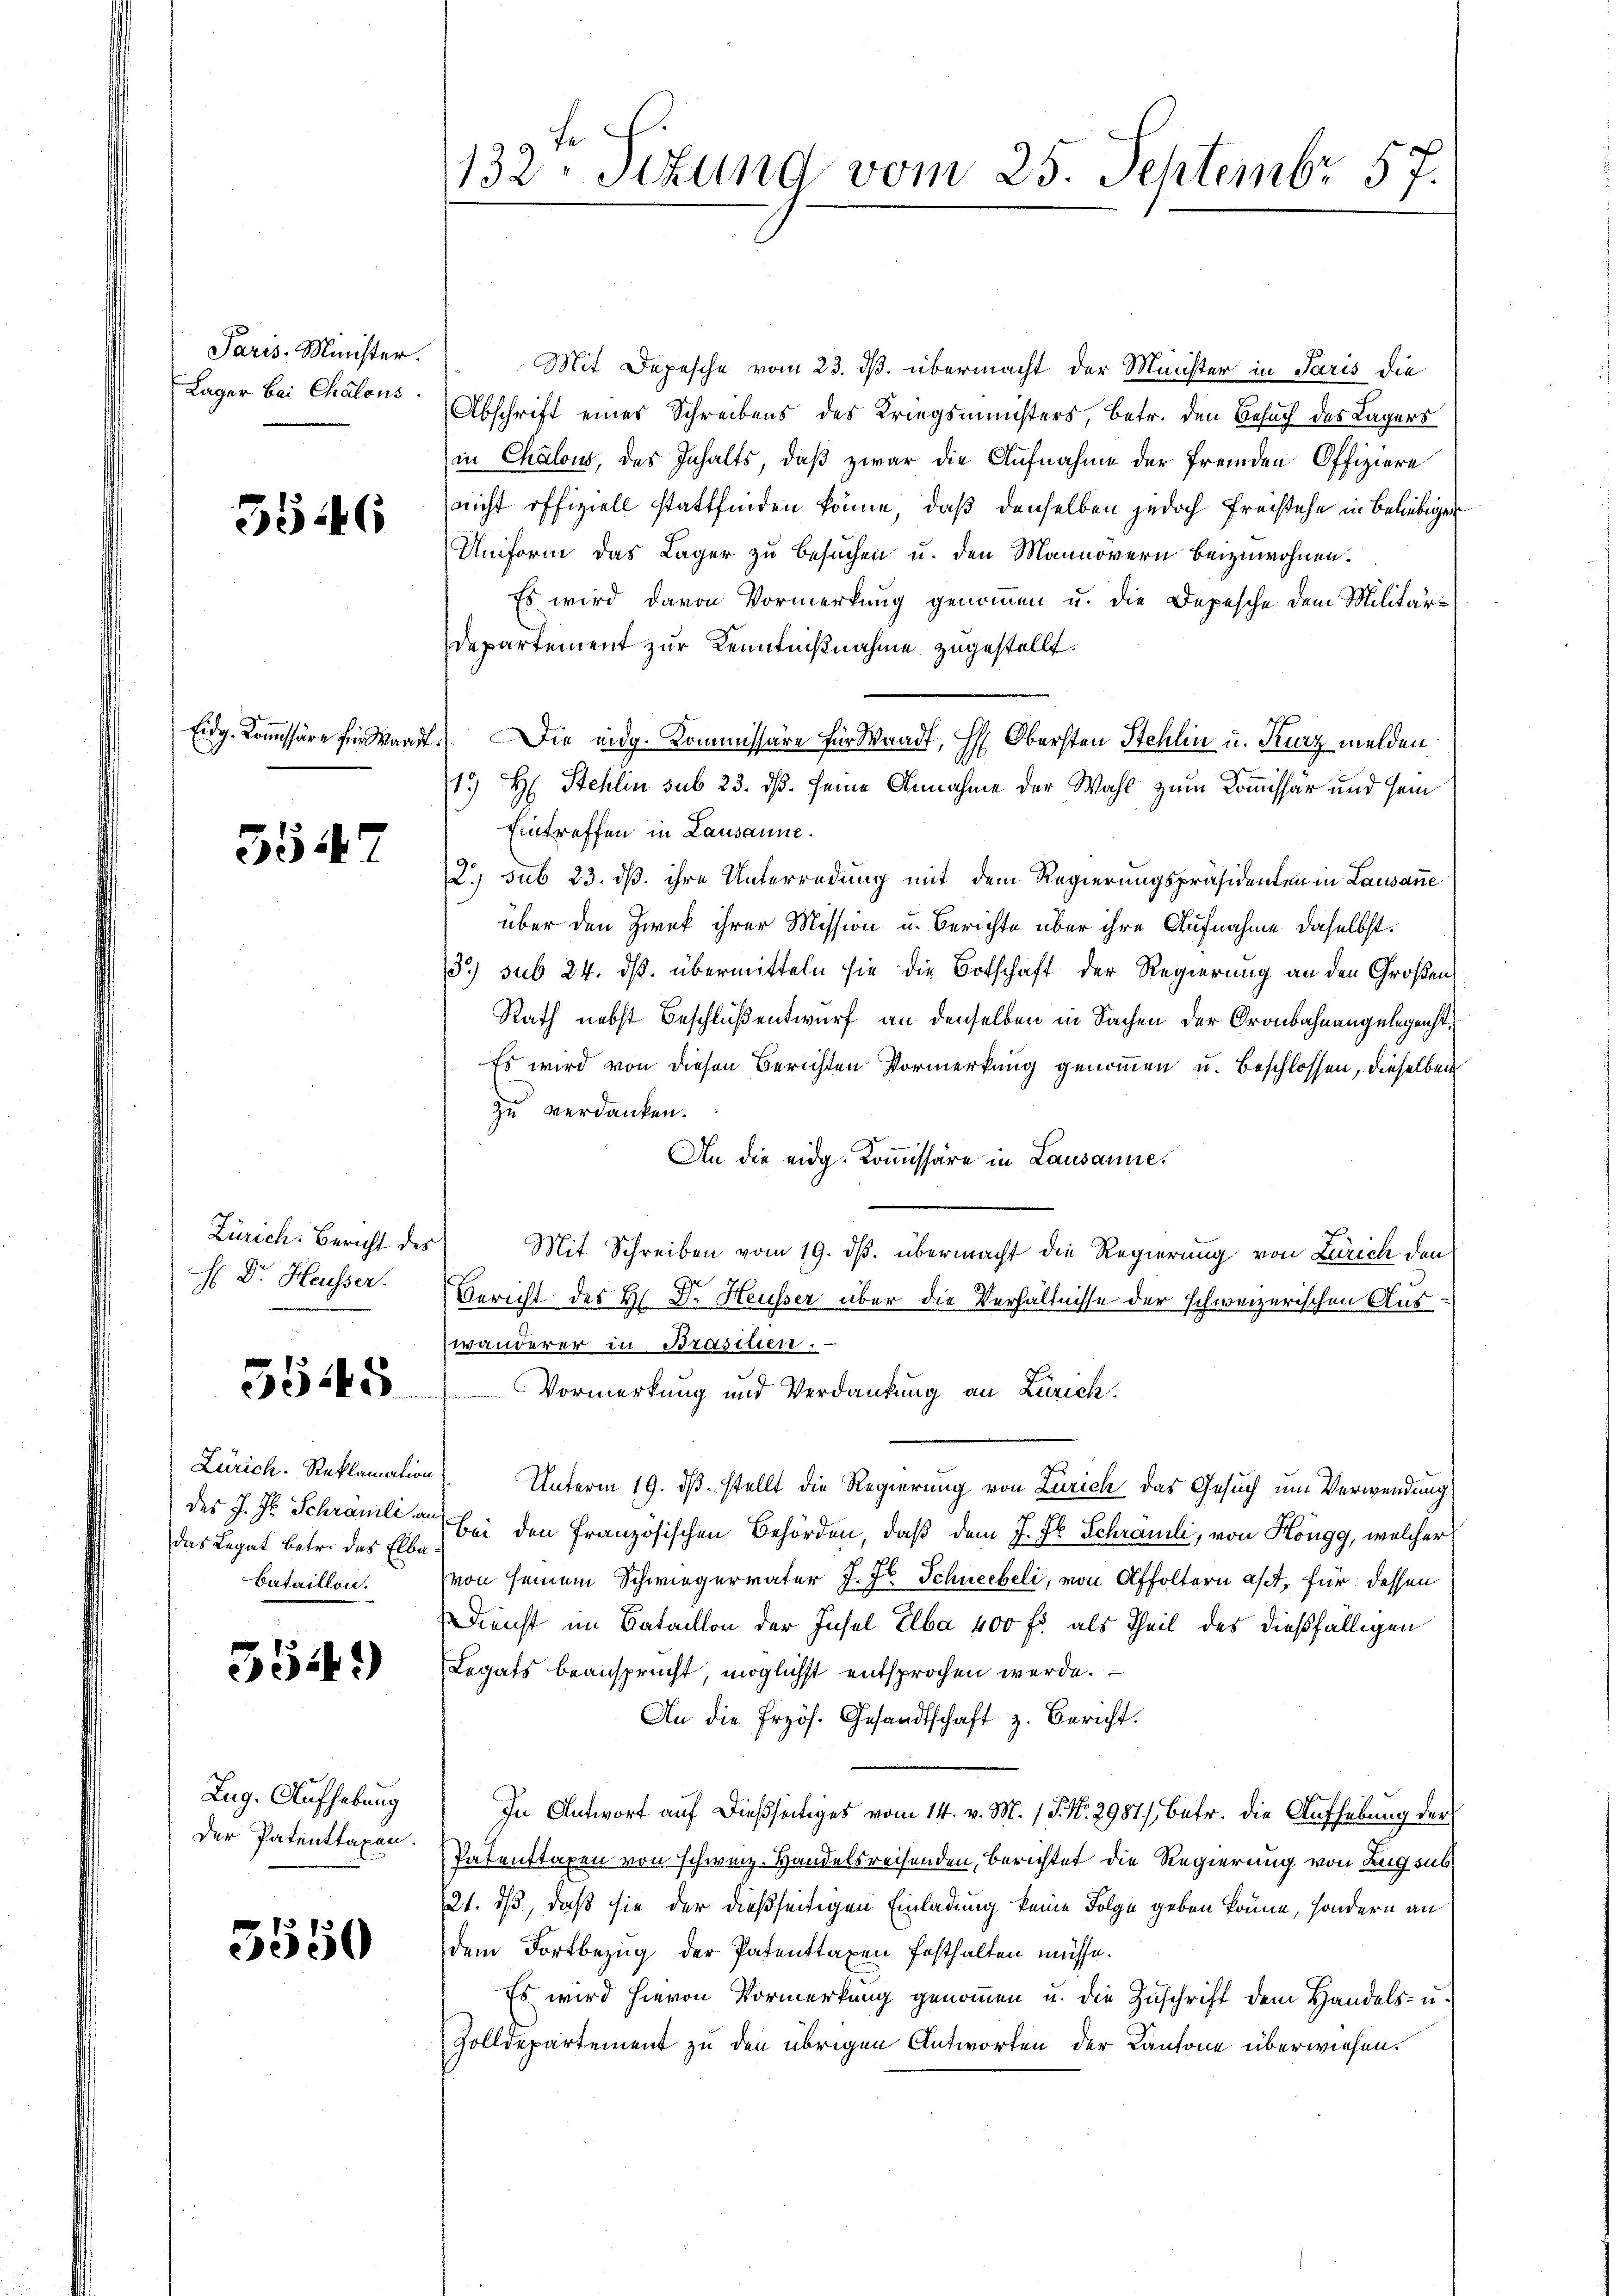
Paris Minister.
Lager bei Chalous.

5546

5547

H Dr. Heusser.

5545

Zürich. Reklamation
des J. J. Schramili an
das Legat betr. das Elba
Bataillon.

5549)

Zug. Aufhebung
der Patenttagen.

5550

fe
132. Sitzung vom 25. Septembr 57.

Mit Depesche vom 23. ds. übermacht der Minister in Paris die
Abschrift eines Schreibens des Kriegsministers, betr. den Besuch des Lagers
in Chalous, des Inhalts, daß zwar die Aufnahme der fremden Offiziere
nicht offiziell stattfinden könne, daß denselben jedoch Freistehe in Beliebigen
Uniform das Lager zu besuchen u. den Mannovern beizuwohnen.
Es wird davon Vormerkung genommen u. die Depesche dem Militär¬
Departement zur Kenntnißnahme zugestellt.
Eidg. Kommissäre für wardt. Die eidg. Kommissäre für Waadt, H. Obersten Stehlin u. Kurz melden
13 H. Stehlin sub 23. dß. seine Annahme der Wahl zum Kommissär und sein
Eintreffen in Lausanne.
2. sub 23. dß. ihre Unterredung mit dem Regierungspräsidenten in Lausanne
über den Zwek ihrer Mission u. Berichte über ihre Aufnahme daselbst.
13.) sub 24. ds. übermitteln sie die Botschaft der Regierung an den Großen
Rath nebst Beschluß entwurf an denselben in Sachen der Gronbahnangelegenst,
Es wird von diesen Berichten Vormerkung genommen u. beschlossen, dieselben
zu verdanken.
An die eidg. Kommissäre in Lausanne.
Zürich. Bericht des Mit Schreiben vom 19. ds. übermacht die Regierung von Zürich den
Bericht des H. Dr. Heusser über die Verhältnisse der schweizerischen Auswänderer in Brasilien.
Vormerkung und Verdankung an Zürich.
Unterm 19. ds. stellt die Regierung von Zürich das Gesuch um Verwendung
Bei den Französischen Behörden, daß dem J. J. Schrauli, von Köngg, welcher
von seinem Schwiegervater J. J. Schneebeli, von Affoltern alt, für dessen
Dienst im Bataillon der Insel Elba 400 fl als Theil des dießfälligen
Legats beansprucht, möglichst entsprochen werde.
An die frzös. Gesandtschaft z. Bericht.
In Antwort auf dießseitiges vom 14. v. M. / P. Nr. 2987), betr. die Aufhebung der
Patenttaxen von schweiz. Handelsreisenden, berichtet die Regierung von Zug sub¬
21. ds, daß sie der dießseitigen Einladung keine Folge geben könne, sondern an
dem Fortbezug der Patenttaxen festhalten müsse.
Es wird hievon Vormerkung genommen u. die Zuschrift dem Handels- u.
Zolldepartement zu den übrigen Antworten der Kantone überwiesen.